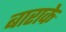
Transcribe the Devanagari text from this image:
बाराके